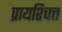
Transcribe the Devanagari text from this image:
प्रायश्‍चित्त